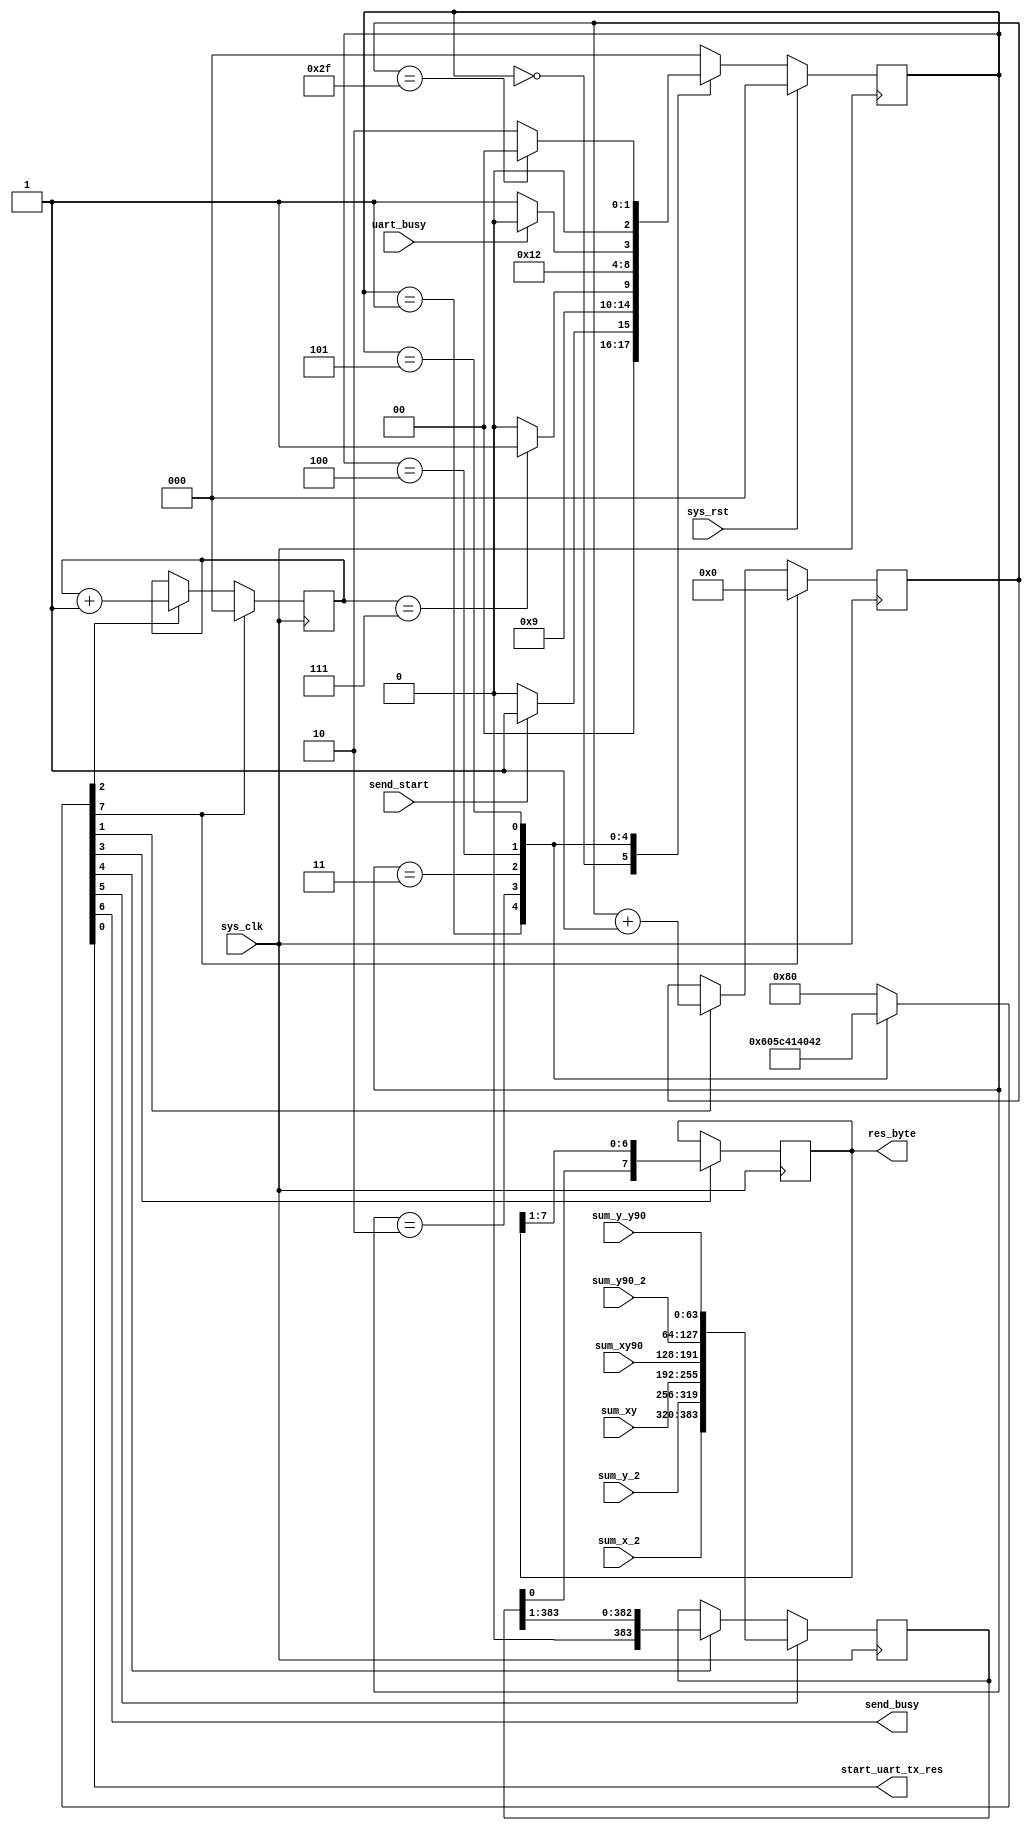
`timescale 1ns / 1ps
//////////////////////////////////////////////////////////////////////////////////
// Company: 
// 
// Design Name:      SRT Correlator Master Control
// Module Name:    send_results 
// Project Name:      SRT Correlator
// Target Devices: 
// Tool versions: 
// Description: 
//
// Dependencies: 
//
// Revision: 
// Revision 0.01 - File Created
// Additional Comments: 
//
//////////////////////////////////////////////////////////////////////////////////
module send_results
(

    input sys_clk,
    input sys_rst,
    
    input send_start,
    input uart_busy,
    input [63:0] sum_x_2,
    input [63:0] sum_y_2,
    input [63:0] sum_xy,
    input [63:0] sum_xy90,
    input [63:0] sum_y90_2,
    input [63:0] sum_y_y90,
    
    output send_busy,
    output start_uart_tx_res,
    output [7:0] res_byte
);

    parameter IDLE=0, LD_RES=1, SH_BYTE=2, SEND_BYTE=3, WAIT_UART=4, COUNT_UP=5;
    
    reg [2:0] ns, cs;
    
    reg [5:0] count40_r;
    reg [2:0] count8_r;
    
    reg [7:0] moore_out;
    reg [7:0] res_byte_r;
    reg [383:0] res_r;
    
    wire bit_res;
    wire clr;
    wire ld_res;
    wire sh_res;
    wire sh_byte;
    wire count8; 
    wire count40;
    

//////////////
// DATAPATH //
//////////////
    
    // Registers
    
    always @(posedge sys_clk)
        if (ld_res)    
            res_r <= {sum_x_2, sum_y_2, sum_xy, sum_xy90, sum_y90_2, sum_y_y90};
        else if (sh_res)
                res_r <= {1'b0, res_r[383:1]};
    
    always @(posedge sys_clk) 
        if (sh_byte)
            res_byte_r <= {bit_res, res_byte[7:1]};
    
    assign bit_res = res_r[0];
    assign res_byte = res_byte_r;

    // Counters
        // Counter40
    always @(posedge sys_clk)
        if (clr) 
            count40_r <= 0;
        else if (count40)
                count40_r <= count40_r + 1;
                
        // Counter8
    always @(posedge sys_clk)
        if (clr) 
            count8_r <= 0;
        else if (count8)
                count8_r <= count8_r + 1;

    assign hit40 = (count40_r == 6'd47);
    assign hit8 = (count8_r == 3'd7);
    
/////////////
// CONTROL //
/////////////

    
    // Refresh State 
    always @(posedge sys_clk)
        if (sys_rst)
            cs <= IDLE;
        else
            cs <= ns;
            
    // Next State Logic
    always @(cs, uart_busy, send_start, hit8, hit40)
        case (cs)
            IDLE        :   if (send_start)    
                                ns = LD_RES;
                            else
                                ns = IDLE;

            LD_RES      :   ns = SH_BYTE;
            
            SH_BYTE     :   if (hit8)
                                ns = SEND_BYTE;
                            else
                                ns = SH_BYTE;

            SEND_BYTE   :   ns = WAIT_UART;
            
            WAIT_UART   :   if (uart_busy)    
                                ns = WAIT_UART;
                            else
                                ns = COUNT_UP;
            
            COUNT_UP    :   if (hit40)
                                ns = IDLE;
                            else
                                ns = SH_BYTE;
                                    
            default     :   ns = IDLE;
        endcase
    
    // Moore Outputs
    assign  {clr, send_busy, ld_res, sh_res, sh_byte, count8, count40, start_uart_tx_res} = moore_out;
    
    always @(cs)
        case (cs)
            IDLE        :   moore_out = 8'b1_0_00_0_00_0;
            LD_RES      :   moore_out = 8'b0_1_10_0_00_0;
            SH_BYTE     :   moore_out = 8'b0_1_01_1_10_0;
            SEND_BYTE   :   moore_out = 8'b0_1_00_0_00_1;
            WAIT_UART   :   moore_out = 8'b0_1_00_0_00_0;
            COUNT_UP    :   moore_out = 8'b0_1_00_0_01_0;
            default     :   moore_out = 8'b1_0_00_0_00_0;
        endcase
        
endmodule